Source: Handwritten
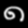
Digit: ၈ (8)